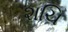
શચિ